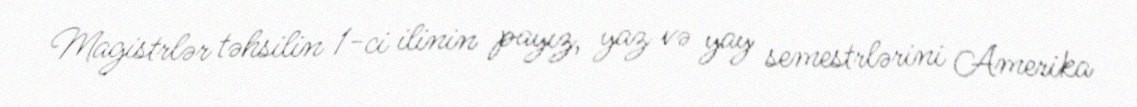
Magistrlər təhsilin 1-ci ilinin payız, yaz və yay semestrlərini Amerika